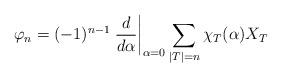
LaTeX: \begin{align*}\varphi_n = (-1)^{n-1}\left.\frac{d}{d\alpha}\right|_{\alpha=0}\sum_{|T|=n} \chi_T(\alpha)X_T\end{align*}